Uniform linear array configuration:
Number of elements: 48
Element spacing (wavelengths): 0.25
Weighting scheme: blackman
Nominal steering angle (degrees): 0
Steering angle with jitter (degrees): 0.2569
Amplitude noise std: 0.05
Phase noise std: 0.05

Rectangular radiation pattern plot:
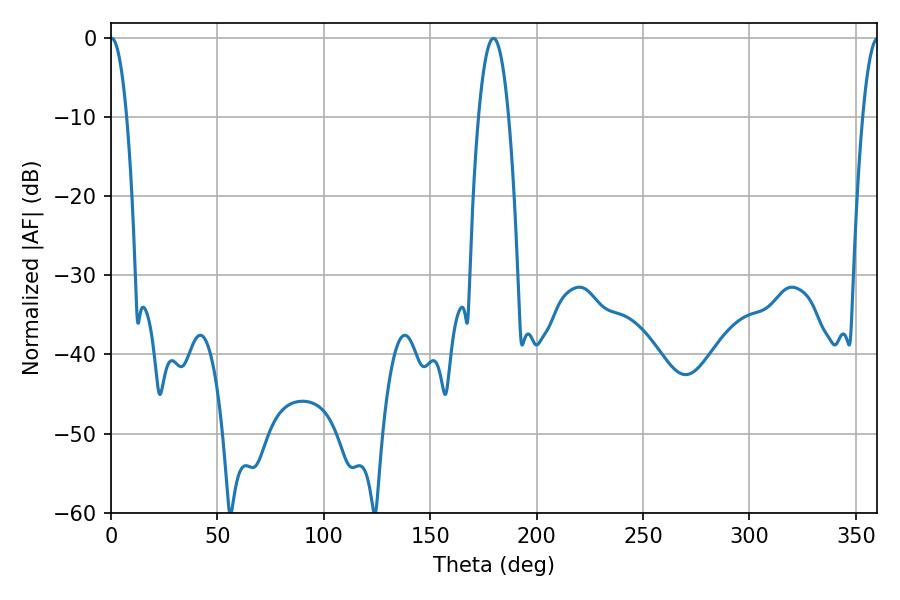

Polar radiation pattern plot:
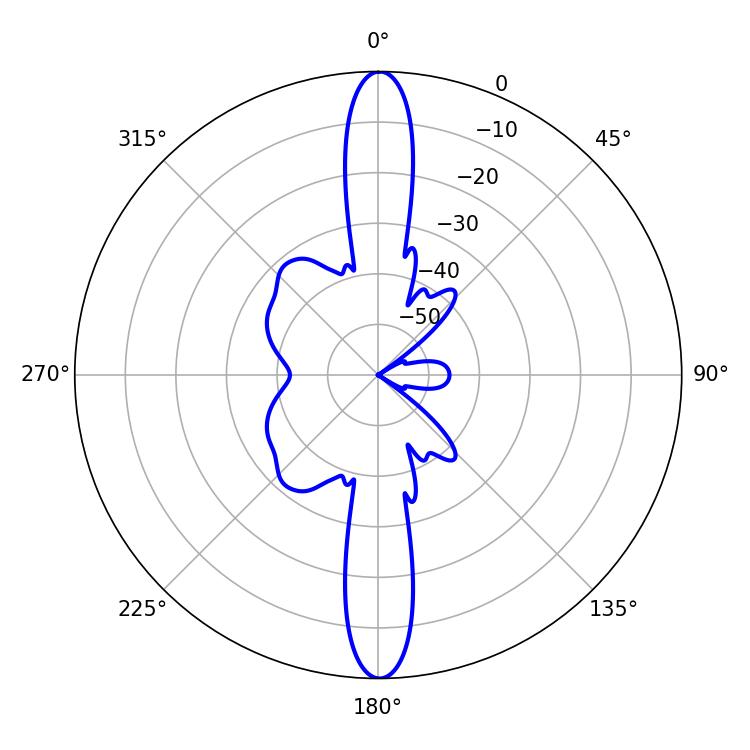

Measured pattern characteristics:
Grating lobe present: FALSE
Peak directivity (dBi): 33.519
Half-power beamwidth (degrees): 4.14
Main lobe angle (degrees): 0.36